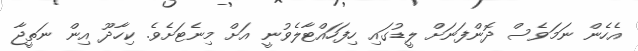
އެހެން ނަމަވެސް ދޮންފަނަށް ލީޑުގައި ހިފަހައްޓާލެވުނީ އަށް މިނެޓަށެވެ. ކިހާދޫ އިން ނަތީޖާ